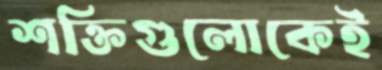
শক্তিগুলোকেই